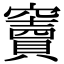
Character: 竇